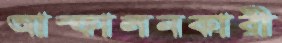
আস্ফালনকারী